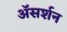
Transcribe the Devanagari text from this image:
अॅसर्शन